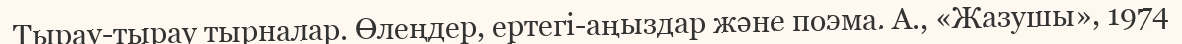
Тырау-тырау тырналар. Өлеңдер, ертегі-аңыздар және поэма. А., «Жазушы», 1974